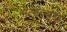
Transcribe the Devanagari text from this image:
मन्यारवाडी